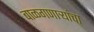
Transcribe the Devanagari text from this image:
बाळगणाऱ्यांचा